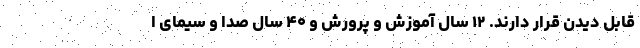
قابل دیدن قرار دارند. ۱۲ سال آموزش و پرورش و ۴۰ سال صدا و سیمای ا